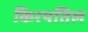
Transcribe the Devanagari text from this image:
किरयतिल